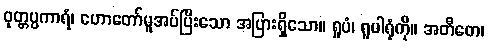
ဝုတ္တပ္ပကာရံ၊ ဟောတော်မူအပ်ပြီးသော အပြားရှိသော။ ရူပံ၊ ရူပါရုံကို။ အတီတေ၊